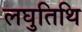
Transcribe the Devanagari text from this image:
लघुतिथि